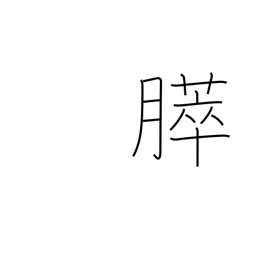
Meaning: pancreas